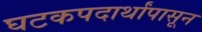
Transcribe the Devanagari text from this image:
घटकपदार्थांपासून